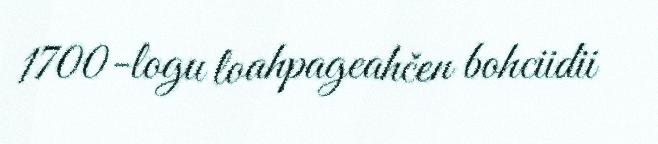
1700-logu loahpageahčen bohciidii